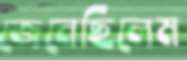
জেনেছিলেম